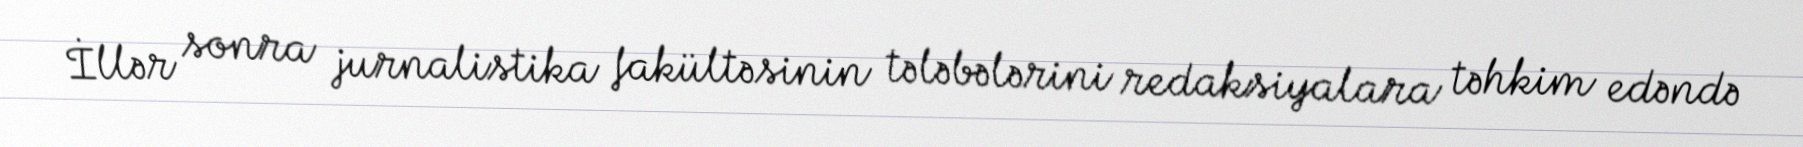
İllər sonra jurnalistika fakültəsinin tələbələrini redaksiyalara təhkim edəndə